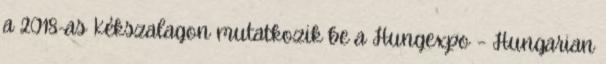
a 2018-as Kékszalagon mutatkozik be a Hungexpo – Hungarian